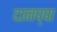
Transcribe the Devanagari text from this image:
दानप्पा